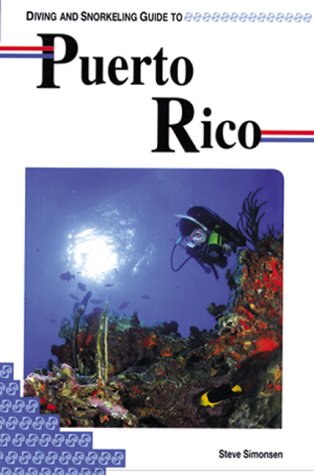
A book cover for Diving and Snorkeling Guide to Puerto Rico (Pisces Diving & Snorkeling Guides); Steve Simonsen; Travel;